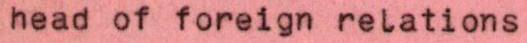
head of foreign relations